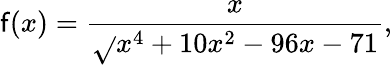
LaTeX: \mathsf{f}(x)={\frac{{x}}{{\sqrt{}{{x^{4}+10x^{2}-96x-71}}}}},